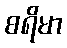
စရိမာ